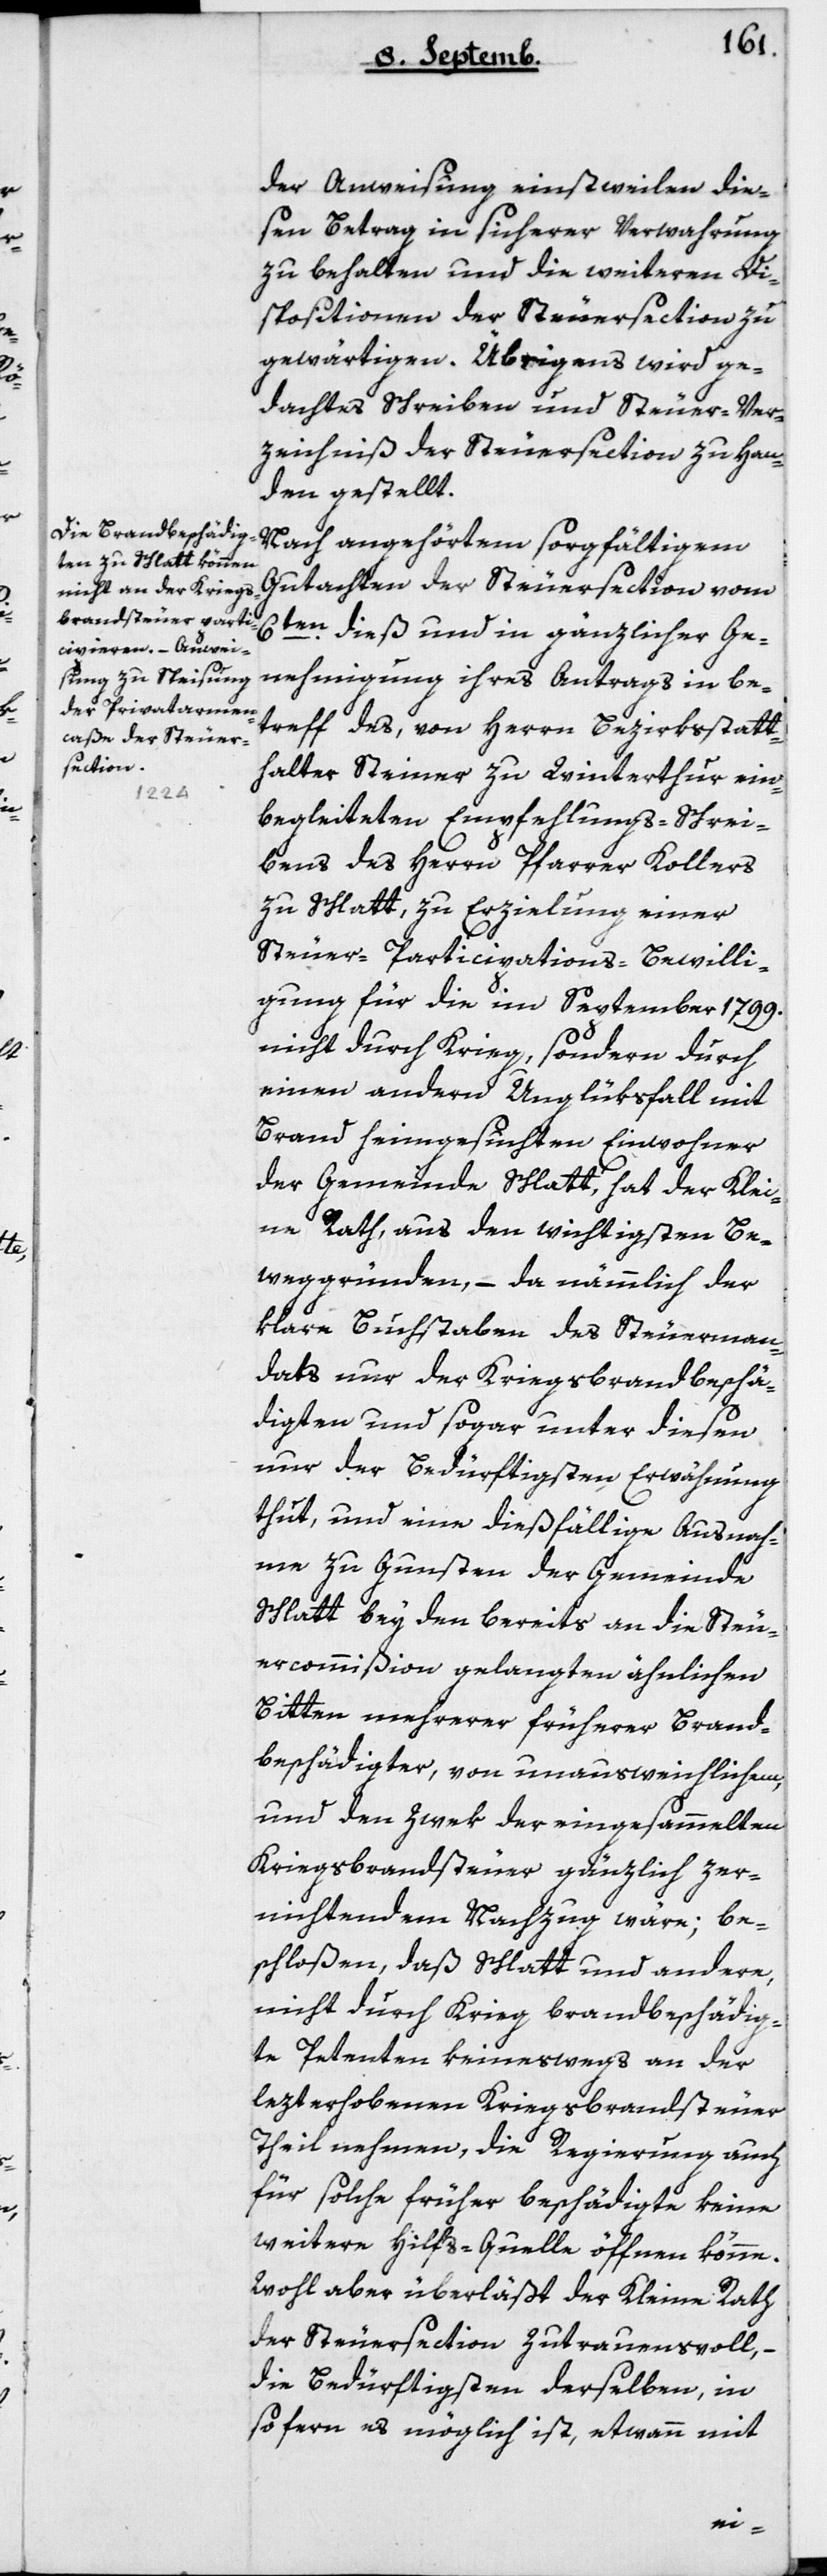
der Anweisung, einstweilen die¬
sen Betrag in sicherer Verwahrung
zu behalten und die weiteren Di¬
spositionen der Steuersection zu
gewärtigen. Übrigens wird ge¬
dachtes Schreiben und Steuer-Ver¬
zeichnis der Steuersection zu Han¬
den gestellt.
Nach angehörtem sorgfältigem
Gutachten der Steuersection vom
6ten dieß und in gänzlicher Ge¬
nehmigung ihres Antrags in Be¬
treff des, von Herrn Bezirksstatt¬
halter Steiner zu Winterthur ein¬
begleiteten Empfehlungs-Schrei¬
bens des Herrn Pfarrer Kollers
zu Schlatt, zu Erzielung einer
Steuer-Participations-Bewilli¬
gung für die im September 1799
nicht durch Krieg, sondern durch
einen andern Unglüksfall mit
Brand heimgesuchten Einwohner
der Gemeinde Schlatt, hat der Klei¬
ne Rath aus den wichtigsten Be¬
weggründen, – da nämmlich der
klare Buchstaben des Steuerman¬
dats nur der Kriegsbrandbeschä¬
digten und sogar unter diesen
nur der Bedürftigsten Erwähnung
thut, und eine dießfällige Ausnah¬
me zu Gunsten der Gemeinde
Schlatt bey den bereits an die Steu¬
ercommißion gelangten ähnlichen
Bitten mehrerer früherer Brand¬
beschädigter, von unausweichlichem,
und den Zwek der eingesammelten
Kriegsbrandsteuer gänzlich zer¬
nichtendem Nachzug wäre, be¬
schloßen, daß Schlatt und andere,
nicht durch Krieg brandbeschädig¬
te Petenten keineswegs an der
lezterhobenen Kriegsbrandsteuer
Theil nehmen, die Regierung auch
für solche früher Beschädigte keine
weitere Hilfs-Quelle öffnen könne.
Wohl aber überläßt der Kleine Rath
der Steuersection zutrauensvoll, –
die Bedürftigsten derselben, in
sofern es möglich ist, etwann mit